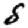
Digit: 8